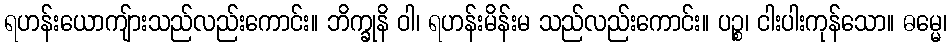
ရဟန်းယောကျ်ားသည်လည်းကောင်း။ ဘိက္ခုနိ ဝါ၊ ရဟန်းမိန်းမ သည်လည်းကောင်း။ ပဉ္စ၊ ငါးပါးကုန်သော။ ဓမ္မေ၊